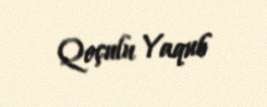
Qoçulu Yaqub